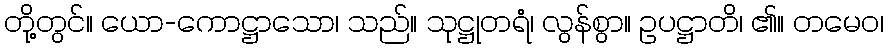
တို့တွင်။ ယော-ကောဋ္ဌာသော၊ သည်။ သုဋ္ဌုတရံ၊ လွန်စွာ။ ဥပဋ္ဌာတိ၊ ၏။ တမေဝ၊